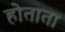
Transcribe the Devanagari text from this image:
होताता